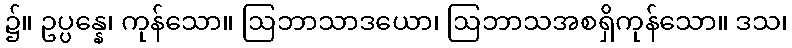
၌။ ဥပ္ပန္နေ၊ ကုန်သော။ ဩဘာသာဒယော၊ ဩဘာသအစရှိကုန်သော။ ဒသ၊